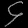
Digit: ၄